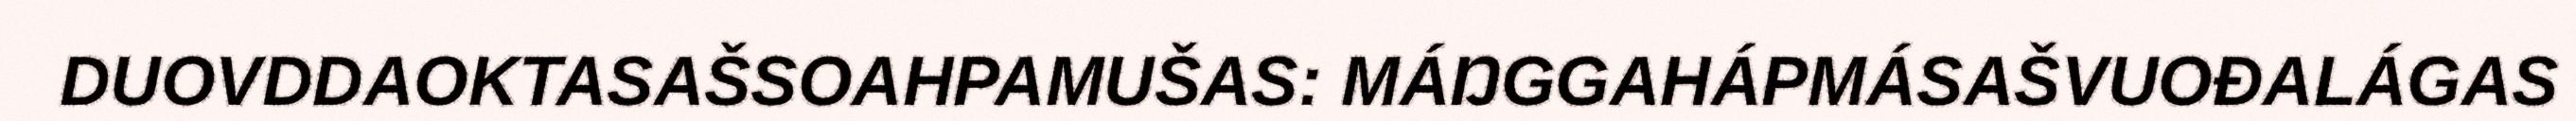
DUOVDDAOKTASAŠSOAHPAMUŠAS: MÁŊGGAHÁPMÁSAŠVUOĐALÁGAS